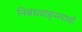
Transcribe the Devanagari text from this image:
निबंधवाङ्‌मयाची